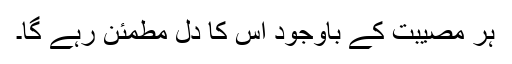
ہر مصیبت کے باوجود اس کا دل مطمئن رہے گا۔